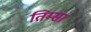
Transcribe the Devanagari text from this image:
तिम्सा